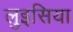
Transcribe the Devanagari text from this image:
लुइसिया